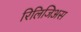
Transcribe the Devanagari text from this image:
रिलिजिअस